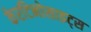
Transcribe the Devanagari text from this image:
केरटिनोसाइट्स